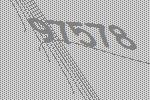
97578